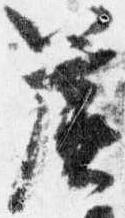
簾